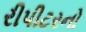
રીપીટરનો